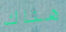
هناك